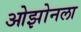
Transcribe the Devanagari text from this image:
ओझोनला